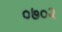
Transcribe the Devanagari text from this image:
०७०२